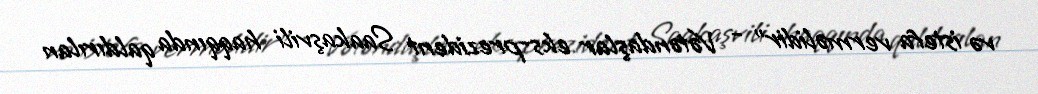
və istefa verməlidir” - Vətəndaşlar eks-prezident Saakaşvili haqqında qaldırılan